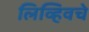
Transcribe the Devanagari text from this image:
लिव्हिवचे